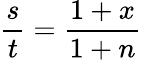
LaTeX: {\frac{s}{t}}={\frac{1+x}{1+n}}